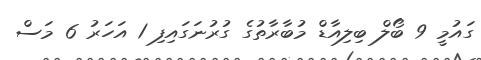
ގައުމީ 9 ބޯލް ބިލިއާޑް މުބާރާތުގެ ގުރުނަގައިފި 1 އަހަރު 6 މަސް